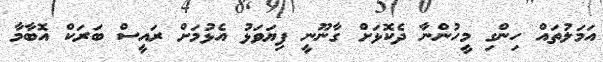
އަމަލުތައް ހިންގި މީހުންނާ ދެކޮޅަށް ގާނޫނީ ފިޔަވަޅު އެޅުމަށް ރައީސް ބަރަކް އޮބާމާ